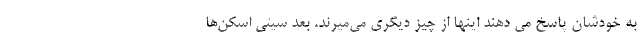
به خودشان پاسخ می دهند اینها از چیز دیگری می‌میرند. بعد سیتی اسکن‌ها